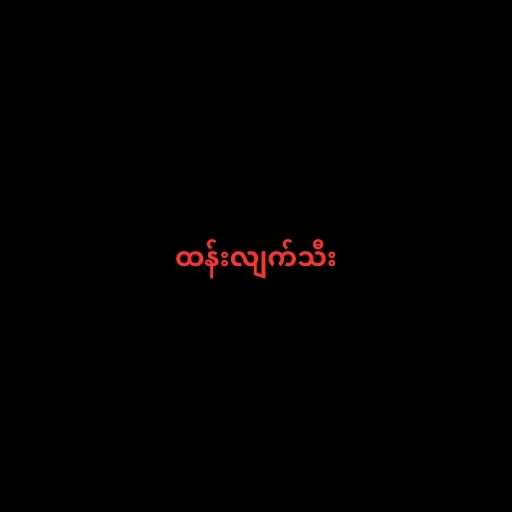
ထန်းလျက်သီး